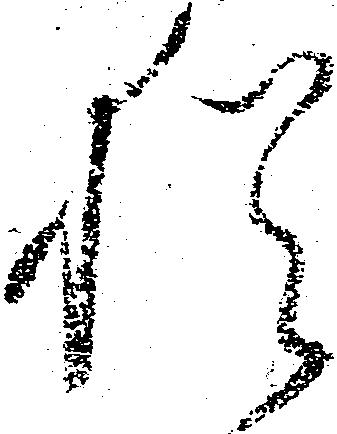
猶